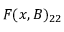
F ( x , B ) _ { 2 2 }